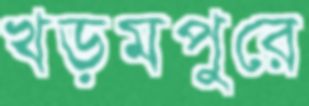
খড়মপুরে